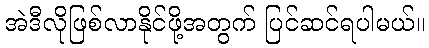
အဲဒီလိုဖြစ်လာနိုင်ဖို့အတွက် ပြင်ဆင်ရပါမယ်။